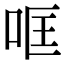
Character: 哐